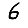
Digit: 6